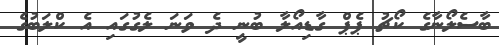
ބާސެލޯނާގެ ކޯޗު ޕެޕް ގާޑިއޯލާ ބުނީ ދެ ވަނަ ލެގުގައި އެ ކްލަބުގެ